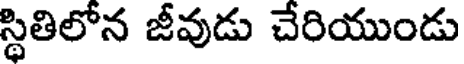
స్థితిలోన జీవుడు చేరియుండు